Civil Veterinary Dept. Bombay admin report 1932-41 - 1932-1941
Year: 1932
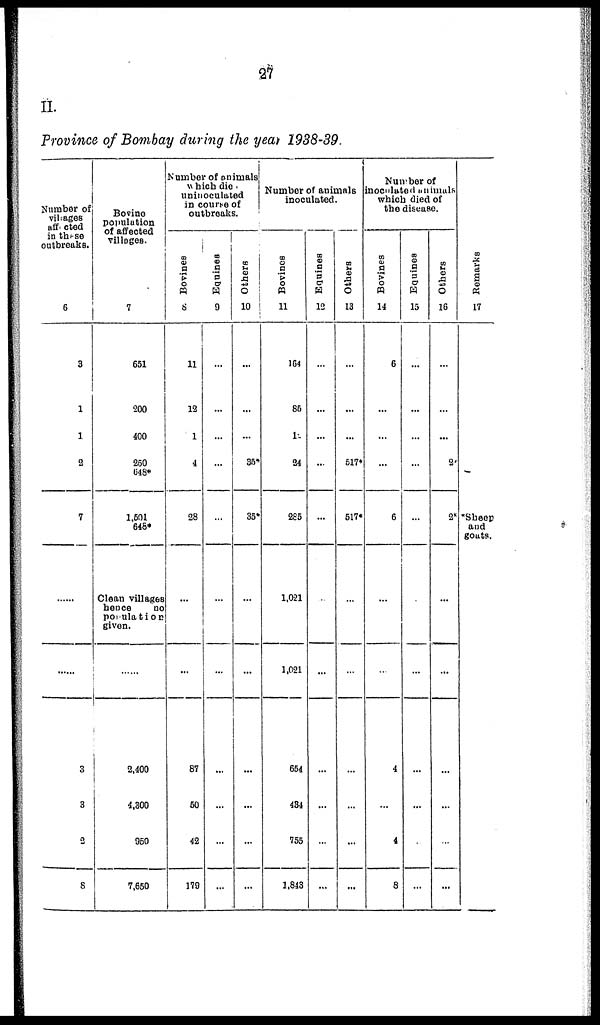
27
II.
Province of Bombay during the year 1938-39.
Number of
villages
affacted
in these
outbreaks.
6
3
1
1
2
7
......
......
3
3
2
8
Bovino
population
of affected
villages.
7
651
200
400
250
648*
1,591
648*
Clean villages
bonce
no
porulation
given.
......
2,400
4,300
950
7,650
Number of animals
which die
uninoculated
in course of
outbreaks.
Bovines
8
11
13
1
4
28
...
...
87
50
42
179
Equines
9
...
...
...
...
...
...
...
...
...
...
...
Others
10
...
...
...
35
35
...
...
...
...
...
...
Number of animals
inoculated.
Bovines
11
164
85
1
24
285
1,021
1,021
654
434
755
1,843
Equines
12
...
...
...
...
...
...
...
...
...
Others
13
...
...
...
517*
517*
...
...
...
...
...
...
Number of
inoculated animals
which died of
the disease.
Bovines
14
6
...
...
6
...
...
4
...
4
8
Equines
15
...
...
...
...
...
...
...
...
...
Others
16
...
...
...
20
2
...
...
...
...
...
...
Remarks
17
Sheep
and
goats.